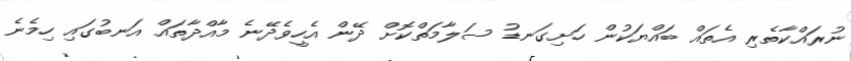
ނުރައްކާތެރި އެތައް ބައްޔަކުން ހަށިގަނޑު ސަލާމަތްކޮށް ދޭން އެހީވެދޭނެ މާއްދާތައް އަނބުގައި ހިމެނެ